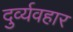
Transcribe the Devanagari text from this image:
दुर्व्‍यवहार